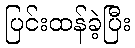
ပြင်းထန်ခဲ့ပြီး